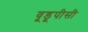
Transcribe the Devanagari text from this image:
वूडूपीसी